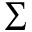
\sum